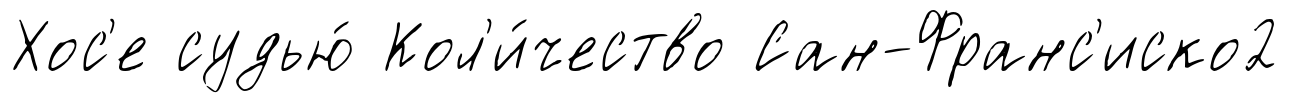
Хос'е судью́ Кол'и́чество Сан-Франс'иско2